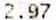
2.97